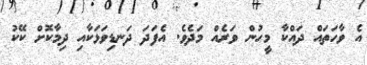
އެ ވާހަތައް ދައްކާ މީހުން ވަރެއް މަދެވެ. އެފަދަ ދަނޑިވަޅަކާއި ދިމާކޮށް ކޭކު